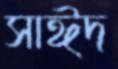
সাঈদ